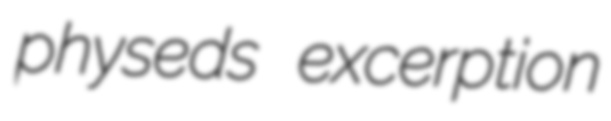
physeds excerption